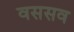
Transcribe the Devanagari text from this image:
वससव